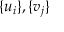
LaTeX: \{ u _ { i } \} , \{ v _ { j } \}